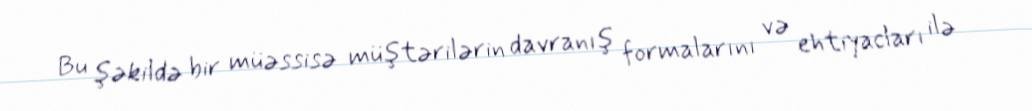
Bu şəkildə bir müəssisə müştərilərin davranış formalarını və ehtiyacları ilə